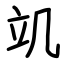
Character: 竌